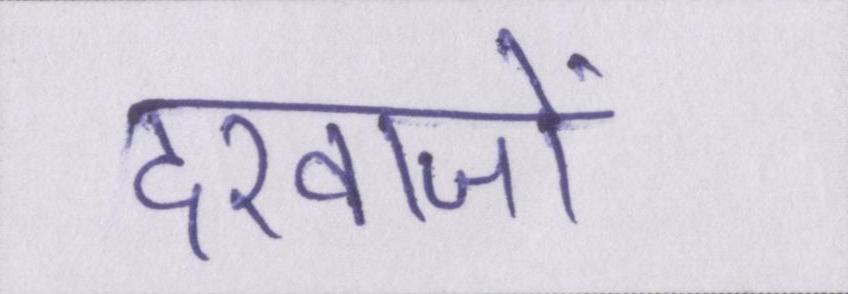
दरवाजों